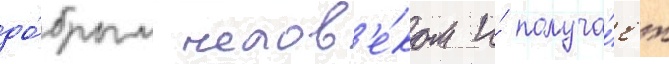
до́брым челов'е́ком и́ получа́ет